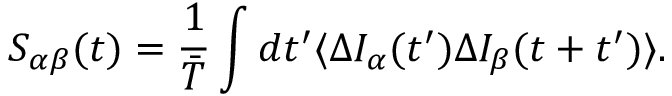
{ S _ { \alpha \beta } ( t ) = \frac { 1 } { \bar { T } } \int d t ^ { \prime } \langle \Delta I _ { \alpha } ( t ^ { \prime } ) \Delta I _ { \beta } ( t + t ^ { \prime } ) \rangle } .